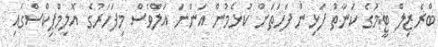
ބްރެޒިލް ޓީމުގެ ކަނާތު ފަޅިން ފަހަތަށް ކުޅެމުން އަންނަ އަލްވެސް މިފަހަރުގެ އޮލިމްޕިކްސްގައި